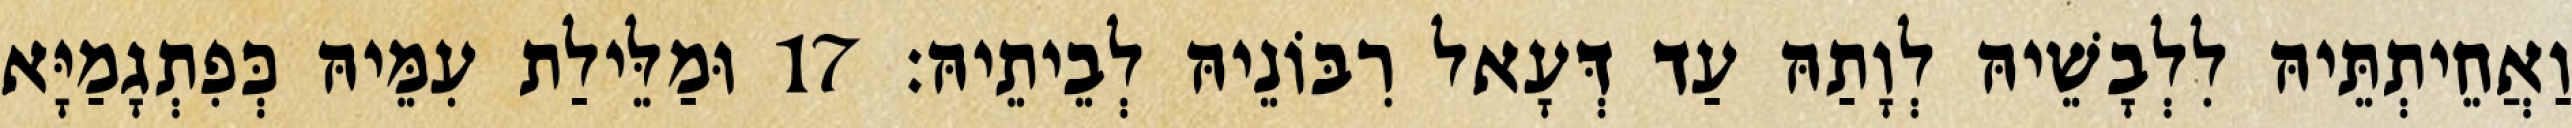
וַאֲחֵיתְתֵּיהּ לִלְבָשֵׁיהּ לְוָתַהּ עַד דְּעָאל רִבּוֹנֵיהּ לְבֵיתֵיהּ׃ 17 וּמַלֵּילַת עִמֵּיהּ כְּפִתְגָמַיָּא